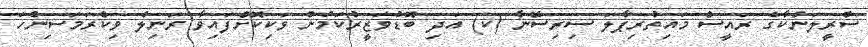
ސްރީލަންކާގެ ރައީސް މައިތުރިޕާލަ ސިރިސޭނާ (ކ) އަދި ބޮޑުވަޒީރުކަމުން ވަކިކޮށްފައިވާ ރަނިލް ވިކްރަމަސިންހަ